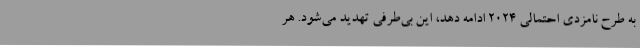
به طرح نامزدی احتمالی 2024 ادامه دهد، این بی‌طرفی تهدید می‌شود. هر